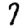
Digit: 7